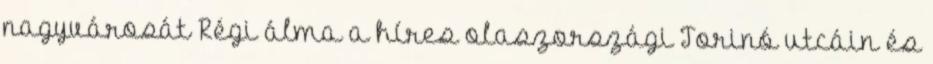
nagyvárosát Régi álma a híres olaszországi Torinó utcáin és